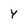
Character: y